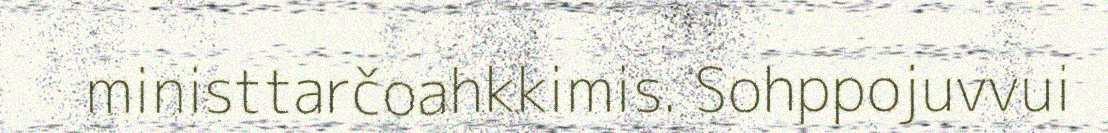
ministtarčoahkkimis. Sohppojuvvui